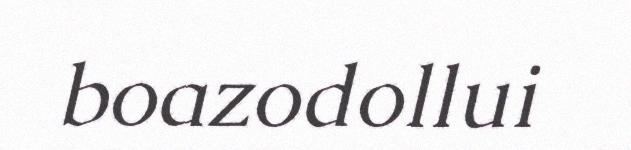
boazodollui